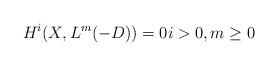
LaTeX: \begin{align*}H^{i}(X, L^{m}(-D)) = 0i>0, m\geq 0\end{align*}